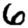
Digit: 6